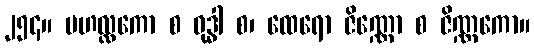
၂၅၄။ မဟလ္လကော စ ဝုဒ္ဓါ စ၊ ထေရော ဇိဏ္ဏော စ ဇိဏ္ဏကော။